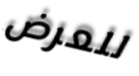
للعرض